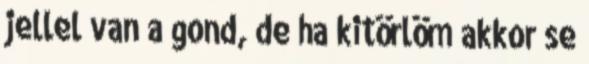
jellel van a gond, de ha kitörlöm akkor se